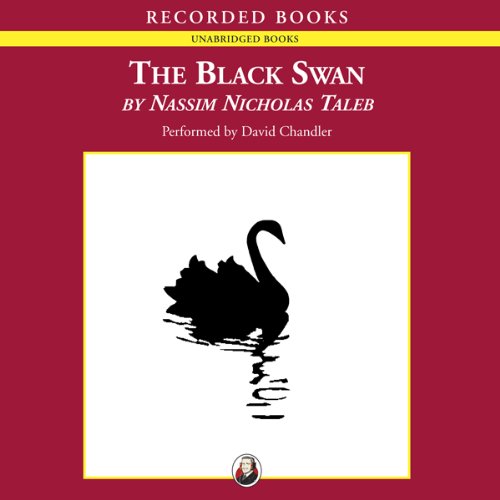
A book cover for The Black Swan: The Impact of the Highly Improbable; Nassim Nicholas Taleb; Computers & Technology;